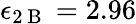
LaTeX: \epsilon_{2\mathrm{~B~}}=2.96